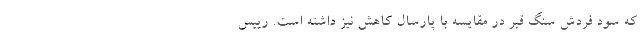
که سود فردش سنگ قبر در مقایسه با پارسال کاهش نیز داشته است. رییس